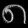
Digit: ၈